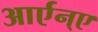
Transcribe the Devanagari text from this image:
आर्एन्ए